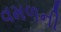
વમળની